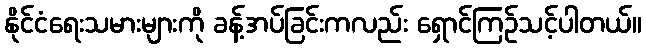
နိုင်ငံရေးသမားများကို ခန့်အပ်ခြင်းကလည်း ရှောင်ကြဉ်သင့်ပါတယ်။